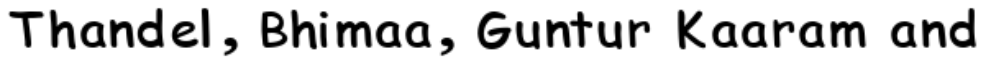
Thandel, Bhimaa, Guntur Kaaram and